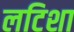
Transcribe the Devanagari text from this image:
लटिशा